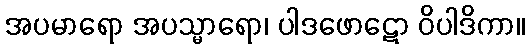
အပမာရော အပသ္မာရော၊ ပါဒဖောဋော ဝိပါဒိကာ။